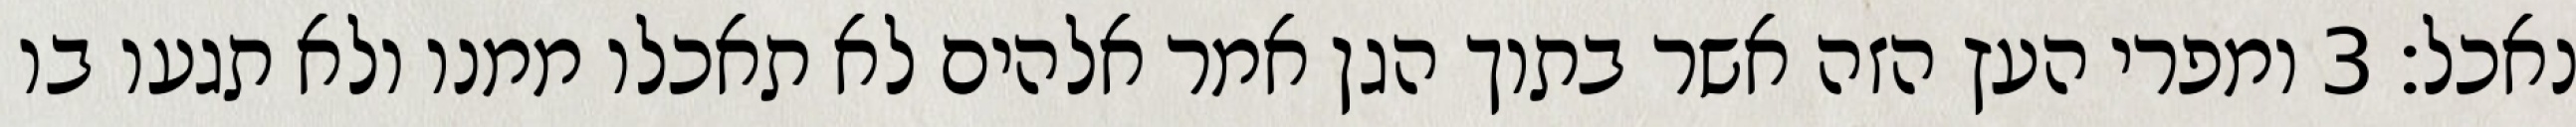
נאכל׃ ‎3‏ ומפרי העץ הזה אשר בתוך הגן אמר אלהים לא תאכלו ממנו ולא תגעו בו